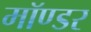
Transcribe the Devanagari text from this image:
मॉण्डर